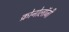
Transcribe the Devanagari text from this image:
क्रोनोलॉजी